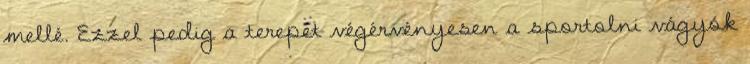
mellé. Ezzel pedig a terepet végérvényesen a sportolni vágyók